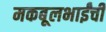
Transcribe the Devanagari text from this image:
मकबूलभाईंची